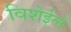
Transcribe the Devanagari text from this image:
विशेईले